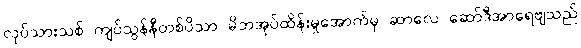
လုပ်သားသစ် ကျပ်သွန်နီတစ်ပိသာ မိဘအုပ်ထိန်းမှုအောက်မှ ဆာလေ ဆော်ဒီအာရေဗျသည်